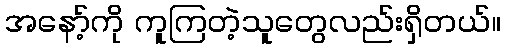
အနော့်ကို ကူကြတဲ့သူတွေလည်းရှိတယ်။